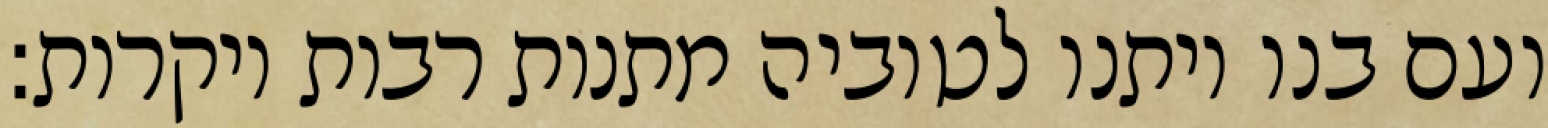
ועם בנו ויתנו לטוביה מתנות רבות ויקרות: